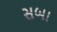
સબા